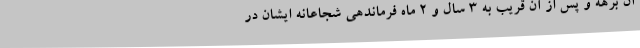
آن برهه و پس از آن قریب به 3 سال و 2 ماه فرماندهی شجاعانه ایشان در